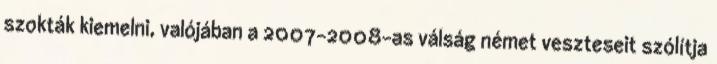
szokták kiemelni, valójában a 2007-2008-as válság német veszteseit szólítja